Calcutta medical institutions reports 1879-81 [i.e.91]
Year: 1879
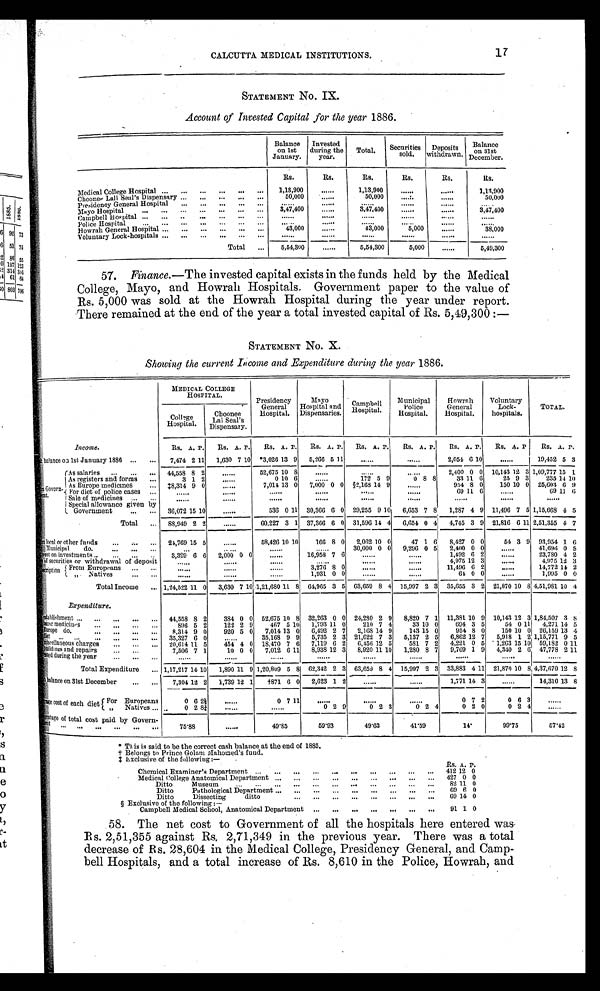
CALCUTTA MEDICAL INSTITUTIONS.
17
STATEMENT No. IX.
Account of Invested Capital for the year 1886.
Balance
on 1st
January.
Invested
during the
year.
Total. Securities
sold.
Deposits
withdrawn.
Balance on 31st
December.
Rs.
Rs.
Rs.
Rs.
Rs.
Rs.
Medical College Hospital ... ... ... ... ... ...
1,13,900
. . . . . .
1,13,900
. . . . . .
. . . . . .
1,13,900
Choonee Lall Seal's Dispensary ...
... ... ... ...
50,000
. . . . . .
50,000
. . . . . .
. . . . . . 50,000
Presidency General Hospital ... ... ... ... ...
. . . . . .
. . . . . .
. . . . . .
. . . . . .
. . . . . .
. . . . . .
Mayo Hospital
... .., ... ... ... ... ... 3,47,400
.
.....
3,47,400
. . . . . .
. . . . . .
3,47,400
Campbell Hospital ... ... .. ... ... ... ...
. . . . . .
. . . . . .
. . . . . .
. . . . . .
. . . . . .
. . . . . .
Police Hospital
... ... ... ... ... ... ...
. . . . . .
. . . . . .
. . . . . .
. . . . . .
. . . . . .
. . . . . .
Howrah General Hospital ... ... ... ... ... ...
43,000
......
4 3 , 0 0 0 5,000
. . . . . .
38,000
Voluntary Lock-hospitals ... ... ... ... ... ...
. . . . . .
. . . . . .
. . . . . .
. . . . . .
. . . . . .
. . . . . .
Total ...
5,54,30
. . . . . .
5,54,300
5,000
. . . . . .
5,49,300
57. Finance.— The invested capital exists in the funds held by the Medical
College, Mayo, and Howrah Hospitals. Government paper to the value of
Rs. 5,000 was sold at the Howrah Hospital during the year under report.
There remained at the end of the year a total invested capital of Rs. 5,49,300 :
—
STATEMENT No. X.
Showing the current Income and Expenditure during the year 1886.
MEDICAL COLLEGE
HOSPITAL.
Presidency
General
Hospital.
Mayo
Hospital and D i s p e n s a r i e s .
Campbell
Hospital.
Municipal
Police
Hospital.
Howrah
General
Hospital.
Voluntary
Lock-
hospitals.
TOTAL.
College
Hospital.
Choonee
Lal Seal's
Dispensary.
Income.
Rs. A. P. Rs. A. P. Rs. A. P. Rs. A. P. Rs. A.
P .
Rs. A. p. Rs. A. P. Rs. A. P. Rs. A.
balance on 1st January 1886 ... ... 7,474 2 11 1,630 7 10 *3,026 13 9 5,266 5 11
. . . . . .
......
2,054 6 10
......
19,452 5 3
Govern
-
m e n t .
As salaries ... ... ... 44,558 8 2
......
52,675 10 8
. . . . . .
. . . . . .
. . . . . .
2,400 0 0 10,143 12 3 1,09,777 15 1
As registers and forms ...
3 1 2
......
0 10 6
. . . . . .
172 5 9
0
8 8
33 11 6
25 9 3
235 14 10
As Europe medicines
... ‡8,314 9 0
......
7,014 13 0 7,000 0 0 §2,168 14 9
......
954 8 0
150 10 0 25,603
9
For diet of police cases ...
...... ...... ...... ...... ...... ......
69 11 6
......
69
Sale of medicines ... ...
...... ...... ...... ...... ...... ...... ...... ...... ......
Special allowance given by
Government
... ... 36,072 15 10
......
536 0 11 30,366 6 0 29,255 9 10 6,653 7 8 1,287 4 9 11,496 7 5 1,15,668
5
Total ... 88,949 2 2
......
60,227 3 1 37,366 6 0 31,596 14 4 6,654 0 4 4,745 3 9 21,816 6 11 2,51,355 4 7
local or other funds
... ... ... 24,769 15 5
......
58,426 10 10
166 8 0 2,062 10 0
47 1 6 8,427 0 0
54 3 9 93,954 1 6
Municipal do.
... ... ...
. . .
.....
. ...... ......
30,000 0 0 9,296 0 5 2,400 0 0
......
41,696 0 5
rest on investments ..
... ... .
.
3,329 6 6 2,000 0 0
......
16,958 7 6
...... ......
1,492 6 2
......
23,780 4 2
of securities or withdrawal of deposit
...... ...... ...... ...... ...... ......
4,975 12 3
......
4,975 12 3
D e s c r i p t i o n
Front Europeans ... ...
...... ...... ......
3,276 8 0
...... ......
11,496 6 2
......
14,772 14 2
"
Natives
... ...
...... ...... ......
1,931 0 0
...... ......
64 0 0
......
1,995 0 0
Total Income ... 1,24,522 11 0 3,630 7 10 1,21,680 11 8 64,965 3 5 63,659 8 4 15,997 2 3 35,655 3 2 21,870 10 8 4,51,981 10
Expenditure.
establishment ... ... ... 44,558 8 2
384 0 0 52,675 10 8 32,263 0 0 24,280 2 9 8,820 7 1 11,381 10 9 10,143 12 3 1,84,507 3 8
bazar medicines ... ... ... ...
896 5 2
122 2 9
467 5 10 1,793
1 1
0
210 7 4
33 10 0
694 3 5
54 0 11 4,271 14 5
Europe do. ... ... ... ... 8,314 9 0
920 5 0 7,014 13 0 6,492 2 7 2,168 14 9
143 15 0
954 8 0
150 10 0 26,159 13 4
d i e t . . .
. . . 35,327 6 0
......
35,168 9 9 5,735 2 3 21,622 7 3 5,137 2 5 6,862 12 7 5,918 1 2 1,15,771 9 5
m i s c e l l a n e o u s c h a r g e s
. . .
. . .
20,614 11 5
454 4 0 18,470 7 6 7,119 6 2 6,456 12 5
581 7 2 4,221 0 5 1,263 15 10 59,182 0 11
b u i l d i n g s a n d r e p a i r s . . . . . .
7,506 7 1
10 0 0 7,012 6 11 8,938 12 3 8,920 11 10 1,280 8 7 9,769 1 9 4,340 2 6 47,778 2 11
ested during the year ... ... ...
...... ...... ...... ...... ...... ...... ...... ...... ......
Total Expenditure ... 1,17,217 14 10 1,890 11 9 1,20,809 5 8 62,342 2 3 63,659 8 4 15,997 2 3 33,883 4 11 21,870 10 8 4,37,670 12 8
balance on 31st December
... ... 7,304 12 2 1,739 12 1 †871 6 0 2,623 1 2
. . . . . .
. . . . . . 1,771 14 3
......
14,310 13
r a g e c o s t o f e a c h d i e t
F o r E u r o p e a n s 0 6
2 ½
. . . . . . 0 7 11
. . . . . .
. . . . . .
. . . . . .
0 7 2
0 6 3
......
" Natives ...
0 2 83/4
. . . . . .
. . . . . . 0 2 9
0 2 3
0 2 4
0 2 0
0 2 4
percentage of total cost paid by Govern-
ment ... ... .... ... ... ...
75.88
. . . . . .
49.85
59.33
49.63
41.59
14
99.75
57.42
* This is said to be the correct cash balance at the end of 1885
.
† Belongs to Prince Golam Mahomed's fund.
‡ Exclusive of the following:—
Chemical Examiner's Department ... ... ... ... ...
Rs.
4 1 2
A.
1 2 P .
0
Medical College Anatomical Department ... ... ... ... ... ... ...
427 0 0
Ditto
Museum ... ... ... ... ... ... ... ... ... ... ...
82
1 1
0
Ditto
Pathological Department ... ... ... ... ... ... ... ... ... 69 6 0
Ditto
Dissecting
d i t t o . . . . . . . . . . . . . . . . . . . . .
69 14 0
§ Exclusive of the following :—
Cambell Medical School, Anatomical Denartment ... ... ... ... ... ... ... 91 1 0
58. The net cost to Government of all the hospitals here entered was
Rs. 2,51,355 against Rs, 2,71,349 in the previous year. There was a total
decrease of Rs. 28,604 in the Medical College, Presidency General, and Camp
-bell Hospitals, and a total increase of Rs. 8,610 in the Police, Howrah, and